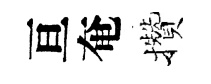
亘奄攢